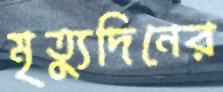
মৃত্যুদিনের